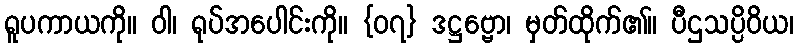
ရူပကာယကို။ ဝါ၊ ရုပ်အပေါင်းကို။ {၀၇} ဒဋ္ဌဗ္ဗော၊ မှတ်ထိုက်၏။ ပီဌသပ္ပိဝိယ၊